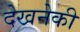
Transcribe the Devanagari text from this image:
देखनेकी